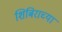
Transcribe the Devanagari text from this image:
शिबिराच्या